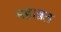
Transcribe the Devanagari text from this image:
महाब्रत